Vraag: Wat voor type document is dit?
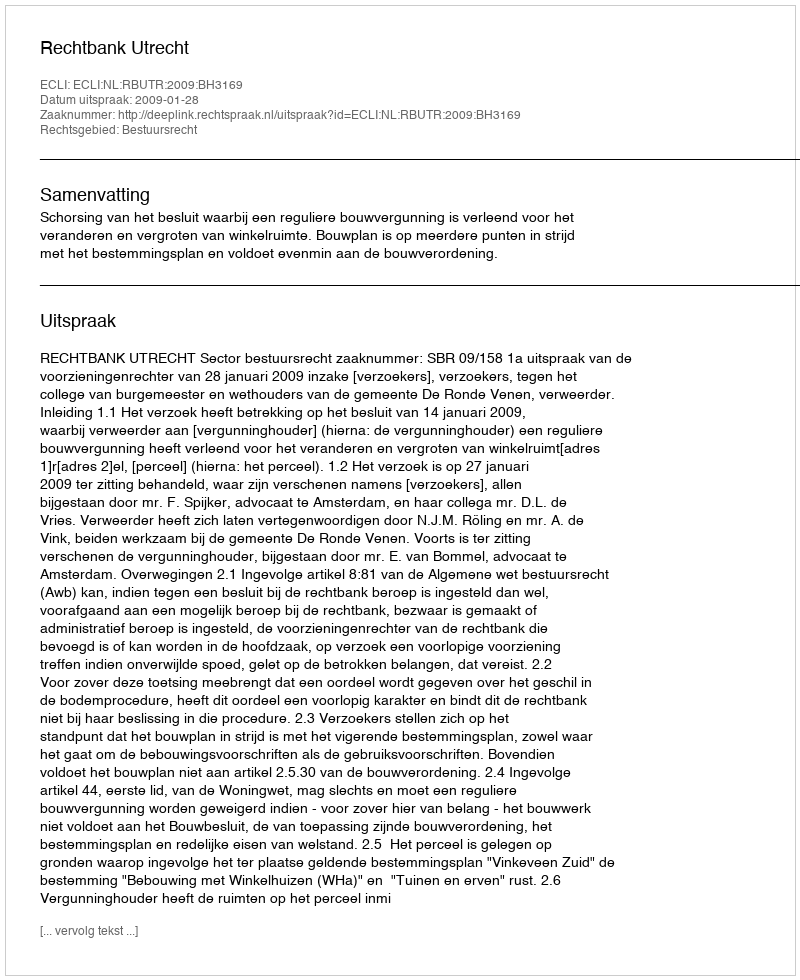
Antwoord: Uitspraak